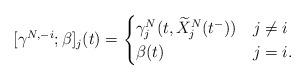
LaTeX: \begin{align*}[\gamma^{N,-i}; \beta]_j (t) =\begin{cases} \gamma^N_j (t, \widetilde{X}^N_j(t^-)) & j\neq i\\ \beta(t) & j=i.\end{cases}\end{align*}